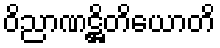
ဝိညာဏဋ္ဌိတိယောတိ